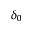
\delta _ { 0 }